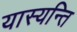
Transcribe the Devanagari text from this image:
यास्यन्ति